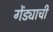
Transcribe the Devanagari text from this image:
गेंड्याची